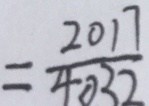
= \frac { 2 0 1 7 } { 4 0 3 2 }